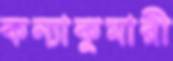
কন্যাকুমারী